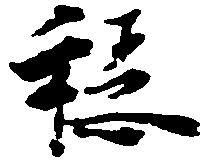
穏